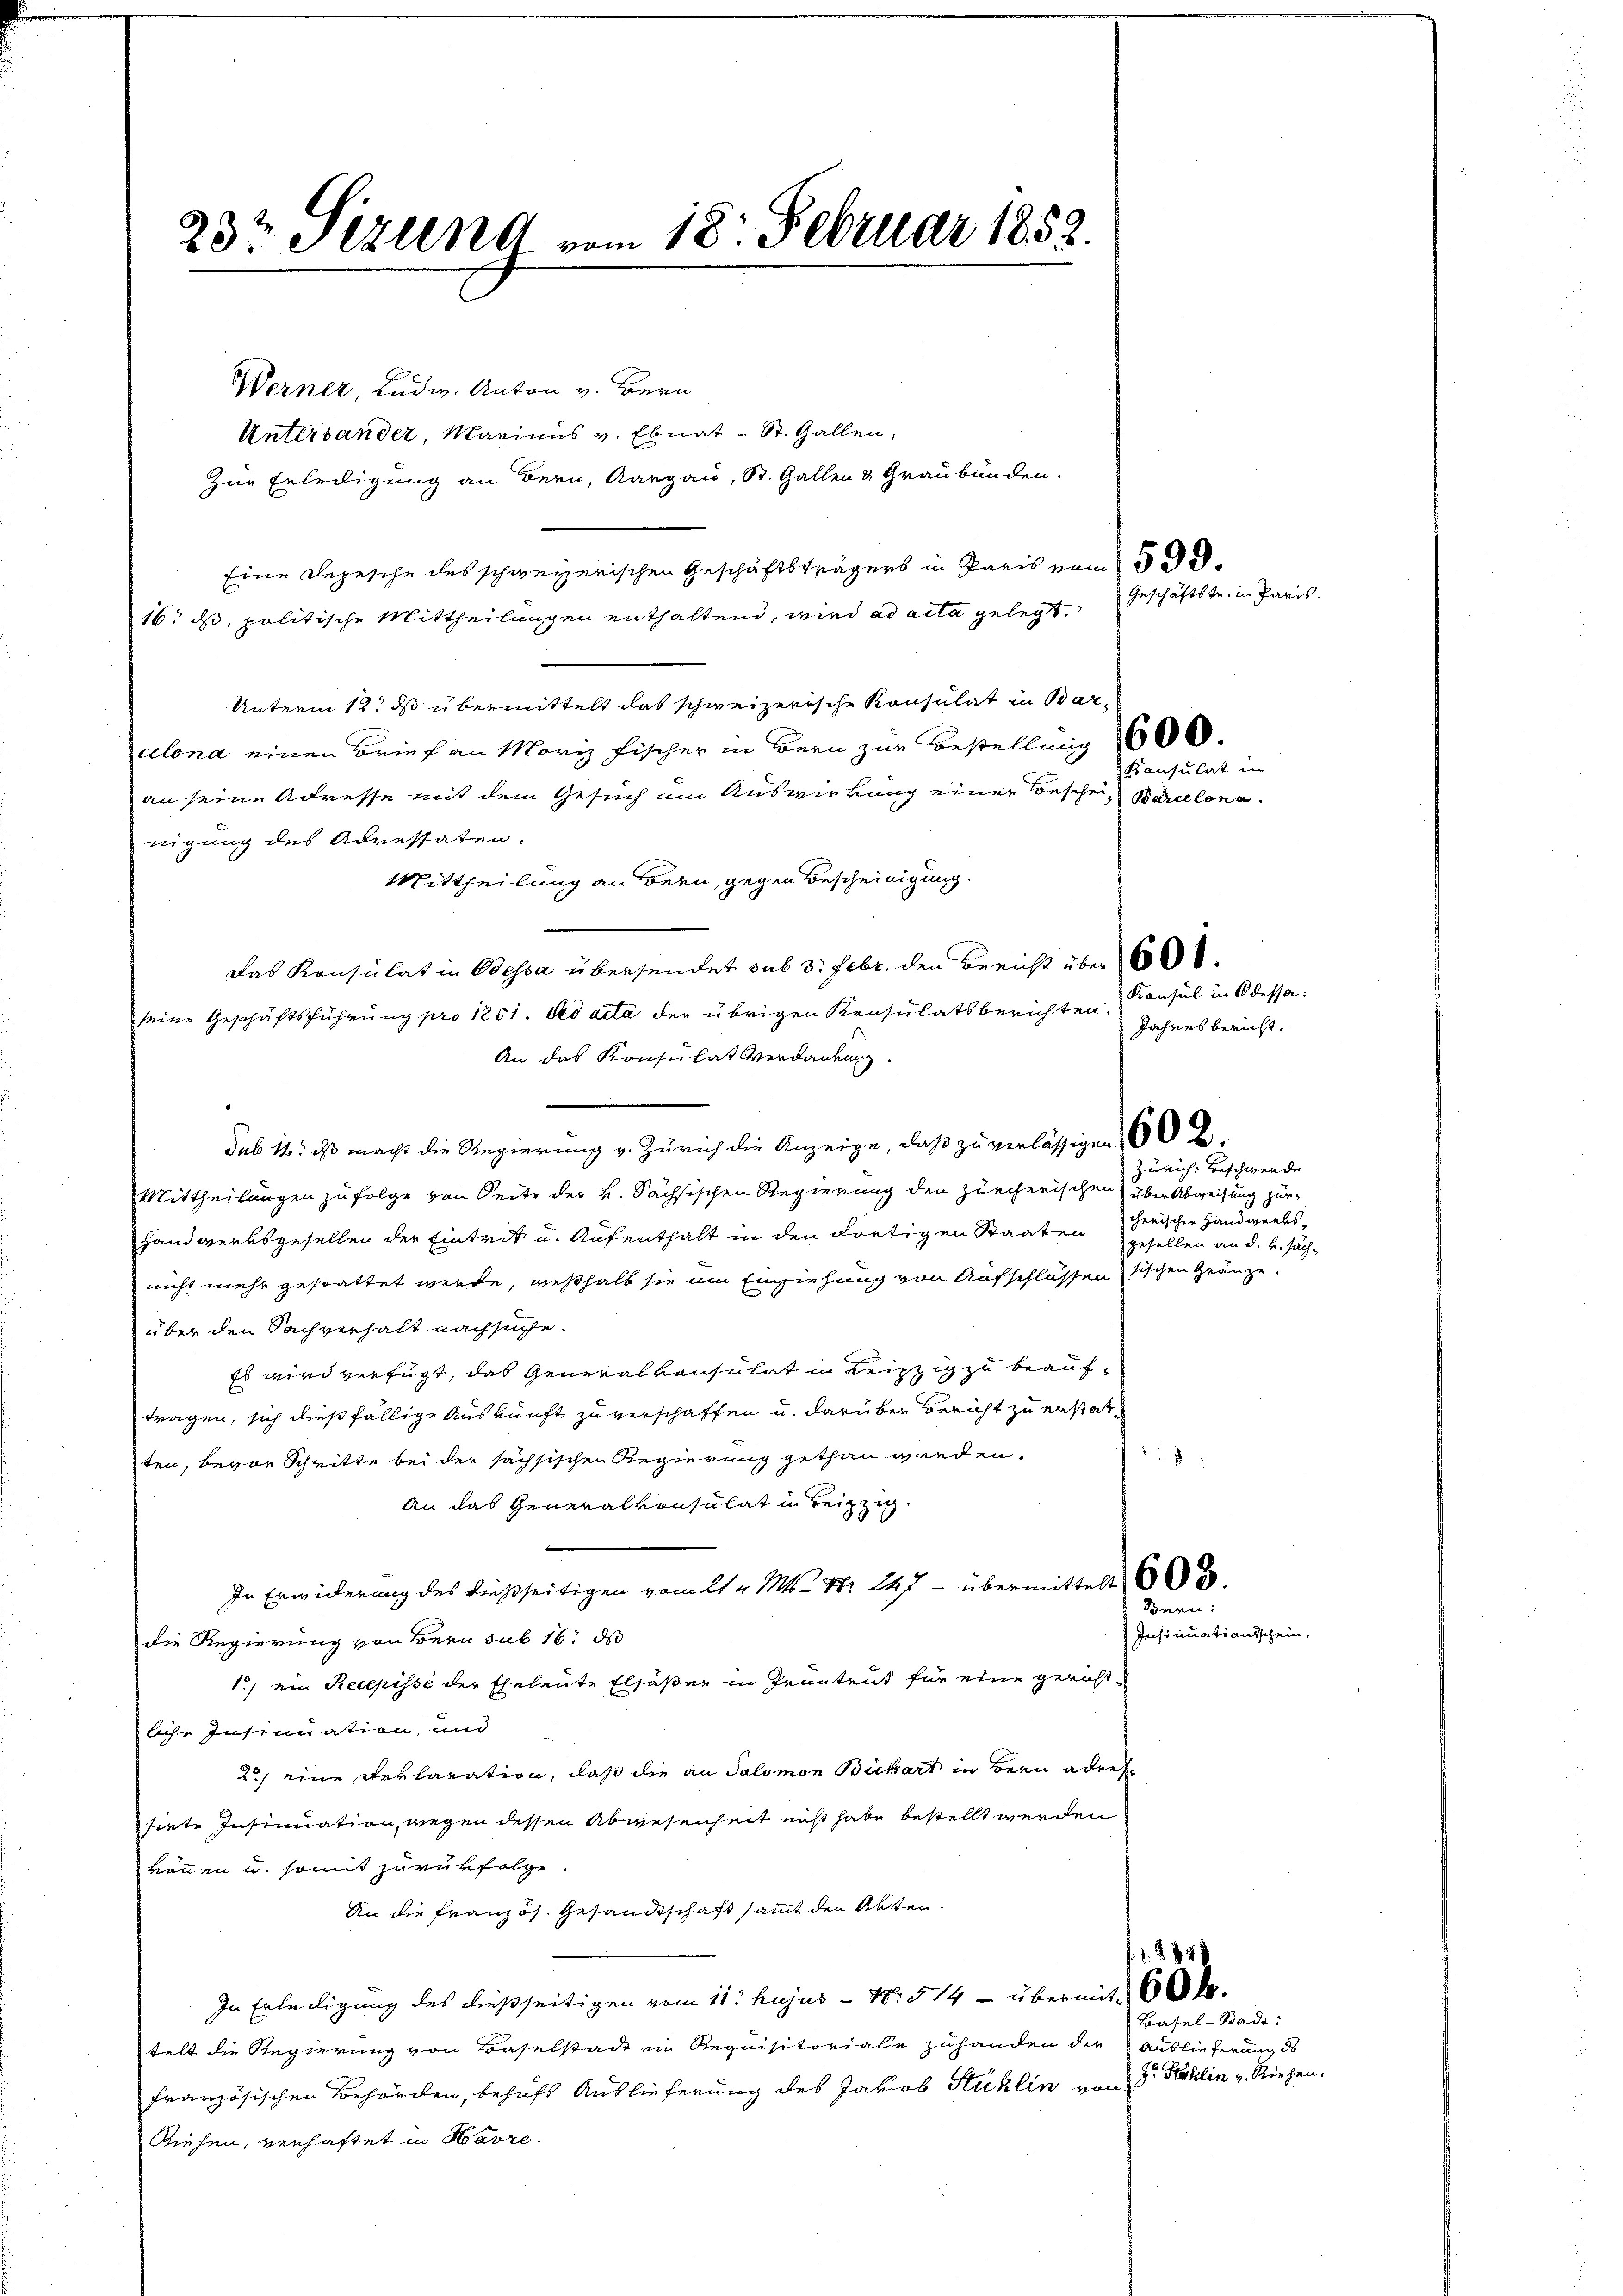
23t Jizung vom 18. Februar 1852.

Werner, Ludw. Anton v. Bern
Untersander, Mariaus v. Ebnat- St. Gallen,
Zur Erledigung an Bern, Aargau, St. Gallen & Graubünden.
Eine Repesche des schweizerischen Geschäftsträgers in Paris vom 5 de
16. ds, politische Mittheilungen enthaltend, wird ad acta gelegt. Geschäftstr. in Paris.
Unterm 12. ds übermittelt das schweizerische Konsulat in Barcelona einen Brief an Moriz Fischer in Bern zur Bestellung 1600.
an seine Adresse mit dem Gesuch am Auswirkung einer Besche, Barcelona
nigung des Adressaten.
Mittheilung an Bern, gegen Bescheinigung.
Das Konsulat in Odessa übersendet sub 3. Febr. den Bericht über
seine Geschäftsführung pro 1851. Ad acta der übrigen Konsulatsberichten.
An das Konsulat Verdankung.
Sub 14. ds macht die Regierung v. Zürich die Anzeige, daß zu verlässigen 60 u.
Mittheilungen zu folge von Seite der k. Sächsischen Regierung den zürcherischen über Abweisung zur
Handwerksgesellen der Eintrit u. Aufenthalt in den dortigen Staaten scherischer Handwerksnicht mehr gestattet werde, weßhalb sie im Einziehung von Aufschlossentischen Gränze.
über den Sachverhalt nachsuche.
Es wird verfügt, das Generalkonsulat in Leipzig zu beauftragen, sich dießfällige Auskunft zu verschaffen u. darüber Bericht zu erstatten, bevor Schritte bei der sächsischen Regierung gethan werden.
An das Generalkonsulat in Leipzig.
In Erwiderung des dießseitigen vom 21. v. Mts. Nr. 247 - übermittelt 608.
die Regierung von Bern sub 16. ds
1) ein Recepisse der Eheleute Elsaßen in Pruntrut für eine gericht-
liche Insinuation, und
2.) eine Reklaration, daß die an Salomon Bickart in Bern aders
sirte Insinuation, wegen dessen Abwesenheit nicht habe bestellt werden
können u. somit zurückfolge.
An die Französ. Gesandtschaft sammt den Akten.
. 1. 23
In Erteiligung des dießseitigen vom 11. hujus - No. 514 - über mit 60 l.
telt die Regierung von Baselstadt in Requisitoriale zuhanden der Auslieferung d
französischen Behörden, behufs Auslieferung des Jakob Huklin von
Riehen, verhaftet in Havre.

Konsulat in

Konsul in Odessa:
Jahresbericht.

Zürich: Beschwerde
gesellen an d. v. säch¬

e

Bern:

Basel-Bad:

z Stoklin v. Riehen.

Insinuationsschein.